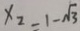
x _ { 2 } = 1 - \sqrt { 3 }